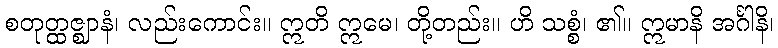
စတုတ္ထဇ္ဈာနံ၊ လည်းကောင်း။ ဣတိ ဣမေ၊ တို့တည်း။ ဟိ သစ္စံ၊ ၏။ ဣမာနိ အင်္ဂါနိ၊